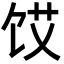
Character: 𮩜